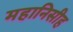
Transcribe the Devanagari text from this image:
महानिसीह